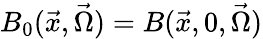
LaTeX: B_{0}(\vec{x},\vec{\Omega})=B(\vec{x},0,\vec{\Omega})